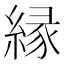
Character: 縁